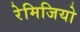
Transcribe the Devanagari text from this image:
रेमिजियो